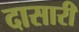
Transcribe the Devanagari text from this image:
दासारी